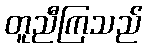
တူညီကြသည်